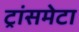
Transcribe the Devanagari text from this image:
ट्रांसमेटा